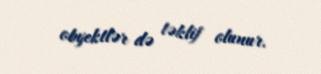
obyektlər də təklif olunur.